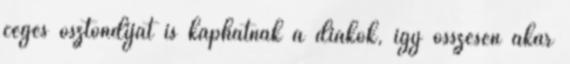
céges ösztöndíjat is kaphatnak a diákok, így összesen akár